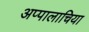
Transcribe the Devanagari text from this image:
अप्पालाचिया